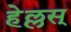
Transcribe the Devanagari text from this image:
हेल्लस्